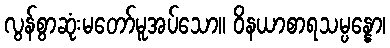
လွန်စွာဆုံးမတော်မူအပ်သော။ ဝိနယာစာရသမ္ပန္နော၊